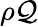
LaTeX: \rho\mathcal{Q}